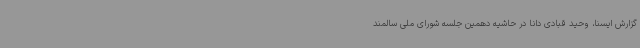
گزارش ایسنا، وحید قبادی دانا در حاشیه دهمین جلسه شورای ملی سالمند